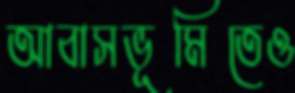
আবাসভূমিতেও